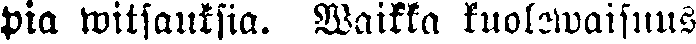
Pia witsauksia. Waikka kuolewaisuus